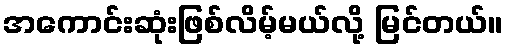
အကောင်းဆုံးဖြစ်လိမ့်မယ်လို့ မြင်တယ်။